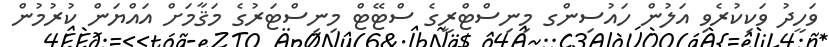
ވަހީދު ވަކިކުރެވި އަލުން ހައުސިންގ މިނިސްޓްރީގެ ސްޓޭޓް މިނިސްޓަރުގެ މަޤާމަށް އައްޔަން ކުރުމުން